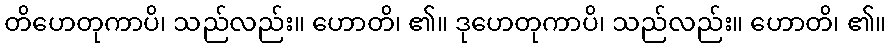
တိဟေတုကာပိ၊ သည်လည်း။ ဟောတိ၊ ၏။ ဒုဟေတုကာပိ၊ သည်လည်း။ ဟောတိ၊ ၏။